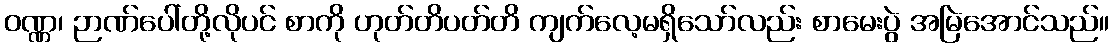
ဝဏ္ဏ၊ ဉာဏ်ပေါ်တို့လိုပင် စာကို ဟုတ်တိပတ်တိ ကျက်လေ့မရှိသော်လည်း စာမေးပွဲ အမြဲအောင်သည်။